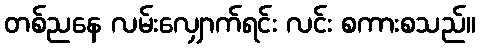
တစ်ညနေ လမ်းလျှောက်ရင်း လင်း စကားစသည်။